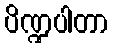
ပိဏ္ဍပါတာ